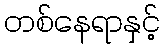
တစ်နေရာနှင့်